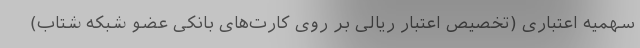
سهمیه اعتباری (تخصیص اعتبار ریالی بر روی کارت‌های بانکی عضو شبکه شتاب)